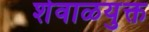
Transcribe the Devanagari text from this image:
शेवाळयुक्त